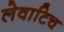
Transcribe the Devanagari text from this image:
लेवाटिच